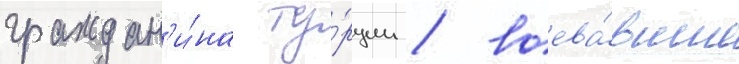
граждан'и́на ту́рции / воева́вшие